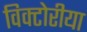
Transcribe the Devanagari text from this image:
विक्टोरीया